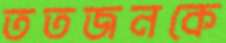
ততজনকে